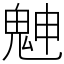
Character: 䰠